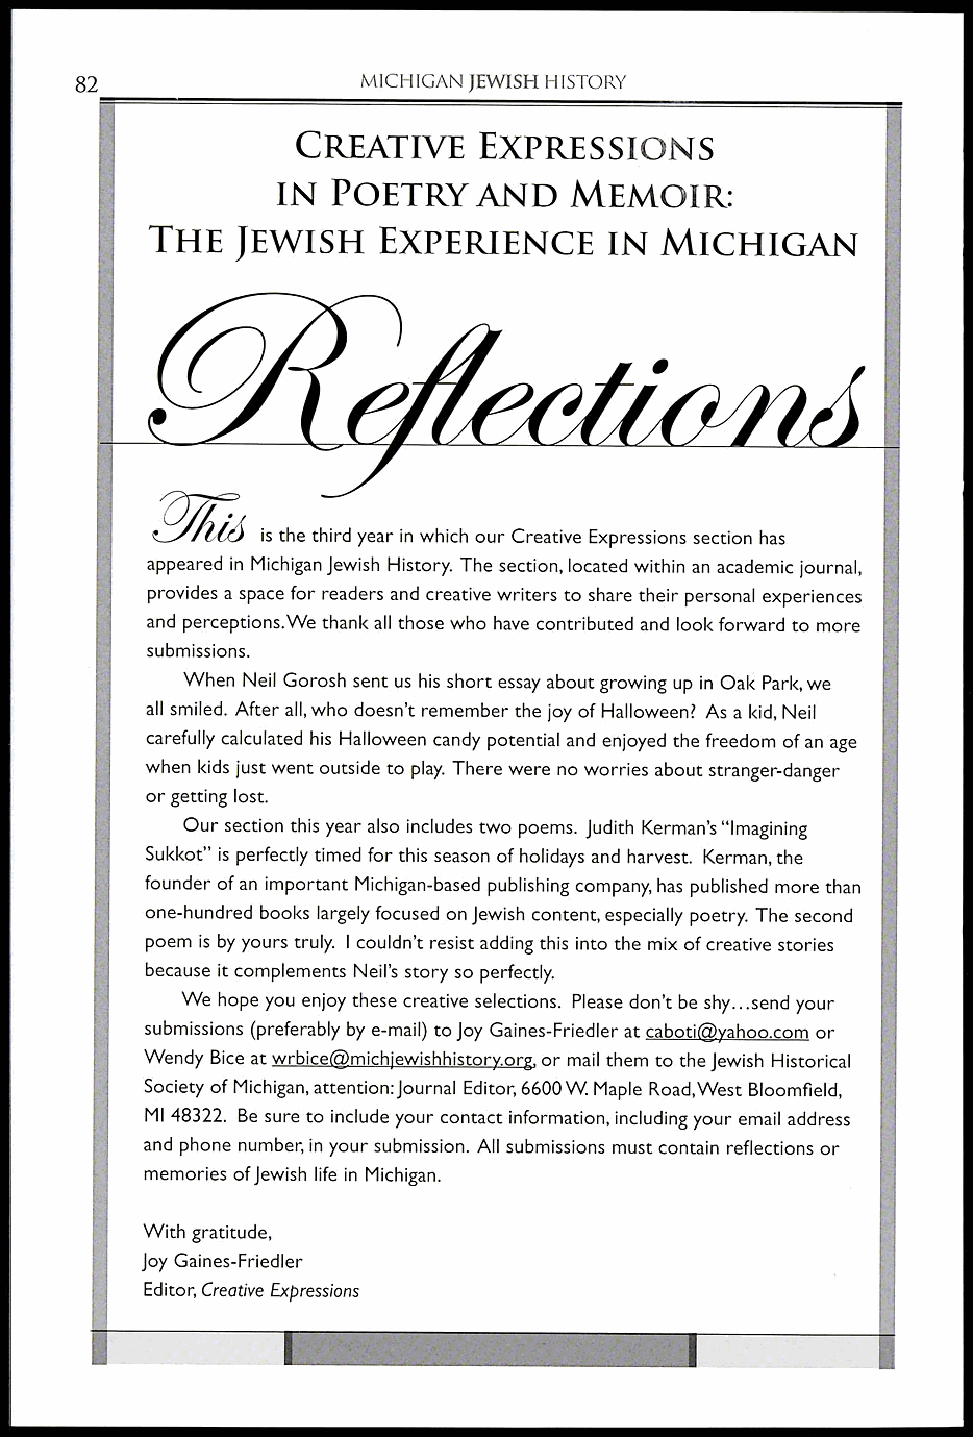
82                 MICHIGAN JEWISH HISTORY
 CREATIVE    EXPRESSIONS
 IN  POETRY    AND   MEMOIR:
 THE   JEWISH   EXPERIENCE      IN MICHIGAN
 is the third year in which our Creative Expressions section has
 appeared in Michigan Jewish History. The section, located within an academic journal,
 provides a space for readers and creative writers to share their personal experiences
 and perceptions.We thank all those who have contributed and look forward to more
 submissions.
 When Neil Gorosh sent us his short essay about growing up in Oak Park, we
 all smiled. After all, who doesn't remember the joy of Halloween? As a kid, Neil
 carefully calculated his Halloween candy potential and enjoyed the freedom of an age
 when kids just went outside to play. There were no worries about stranger-danger
 or getting lost.
 Our section this year also includes two poems. Judith Kerman's "Imagining
 Sukkot" is perfectly timed for this season of holidays and harvest. Kerman, the
 founder of an important Michigan-based publishing company, has published more than
 one-hundred books largely focused on Jewish content, especially poetry. The second
 poem is by yours truly. I couldn't resist adding this into the mix of creative stories
 because it complements Neil's story so perfectly.
 We hope you enjoy these creative selections. Please don't be shy...send your
 submissions (preferably by e-mail) to Joy Gaines-Friedler at caboti@yahoo.com or
 Wendy Bice at wrbice@michjewishhistory.org, or mail them to the Jewish Historical
 Society of Michigan, attention: Journal Editor, 6600W. Maple Road,West Bloomfield,
 MI 48322. Be sure to include your contact information, including your email address
 and phone number, in your submission. All submissions must contain reflections or
 memories of Jewish life in Michigan.
 With gratitude,
 Joy Gaines-Friedler
 Editor, Creative Expressions